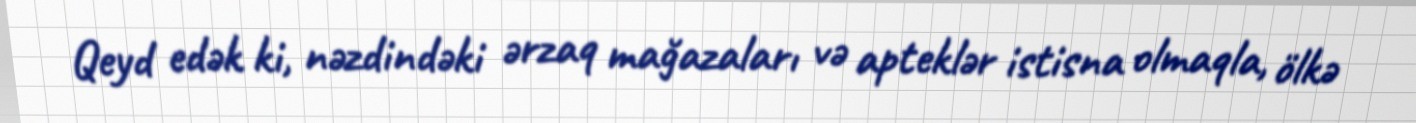
Qeyd edək ki, nəzdindəki ərzaq mağazaları və apteklər istisna olmaqla, ölkə